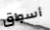
أسواق